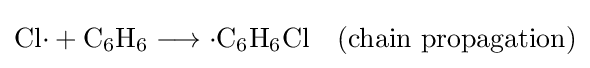
\mathrm {Cl{\cdot }+C_{6}H_{6}\longrightarrow {\cdot }C_{6}H_{6}Cl\quad (chain\ propagation)}